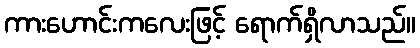
ကားဟောင်းကလေးဖြင့် ရောက်ရှိလာသည်။